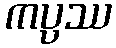
ကပ္ပဿ